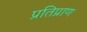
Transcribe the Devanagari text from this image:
प्रतिप्राण